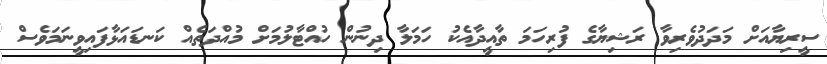
ސީރިޔާއަށް މަދަދުވެރިވާ ރަޝިޔާގެ ފުރިހަމަ ތާއީދާއެކު ހަމަލާ ދިނުން ހުއްޓާލުމަށް މުއްދަތެއް ކަނޑައަޅާފައިވީނަމަވެސް